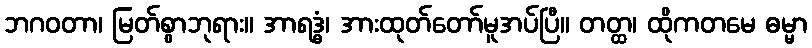
ဘဂဝတာ၊ မြတ်စွာဘုရား။ အာရဒ္ဓံ၊ အားထုတ်တော်မူအပ်ပြီ။ တတ္ထ၊ ထိုကတမေ ဓမ္မာ